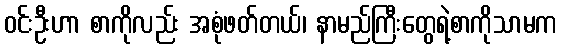
ဝင်းဦးဟာ စာကိုလည်း အစုံဖတ်တယ်၊ နာမည်ကြီးတွေရဲ့စာကိုသာမက